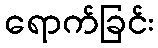
ရောက်ခြင်း